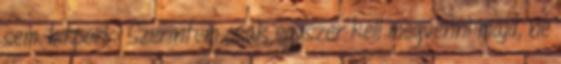
sem. bitpork: Szerintem csak egyszer kell megvenni majd, ne